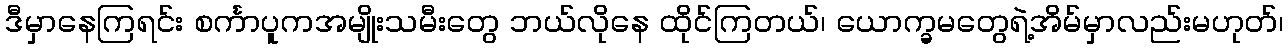
ဒီမှာနေကြရင်း စင်္ကာပူကအမျိုးသမီးတွေ ဘယ်လိုနေ ထိုင်ကြတယ်၊ ယောက္ခမတွေရဲ့အိမ်မှာလည်းမဟုတ်၊